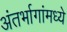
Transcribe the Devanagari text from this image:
अंतर्भागांमध्ये